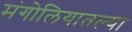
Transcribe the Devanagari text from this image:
मंगोलियातल्या